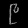
Digit: ၉